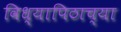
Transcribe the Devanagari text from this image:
विध्यापिठाच्या